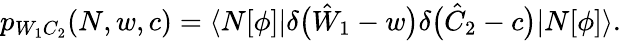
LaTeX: \begin{array}{r}{p_{W_{1}C_{2}}(N,w,c)=\langle N[\phi]|\delta\bigl(\hat{W}_{1}-w\bigr)\delta\bigl(\hat{C}_{2}-c\bigr)|N[\phi]\rangle.}\end{array}